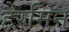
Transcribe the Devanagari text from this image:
हैरमिन